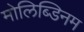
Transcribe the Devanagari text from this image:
मोलिब्डिनम